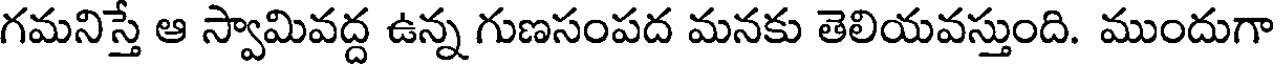
గమనిస్తే ఆ స్వామివద్ద ఉన్న గుణసంపద మనకు తెలియవస్తుంది. ముందుగా